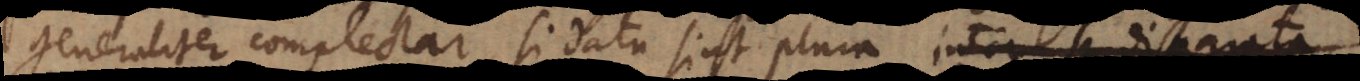
generaliter complectar, si data sint plura a reliquis